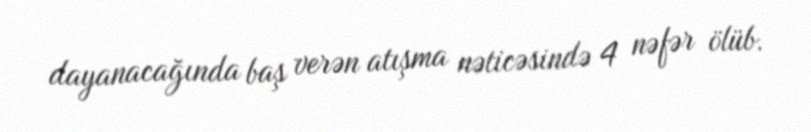
dayanacağında baş verən atışma nəticəsində 4 nəfər ölüb.